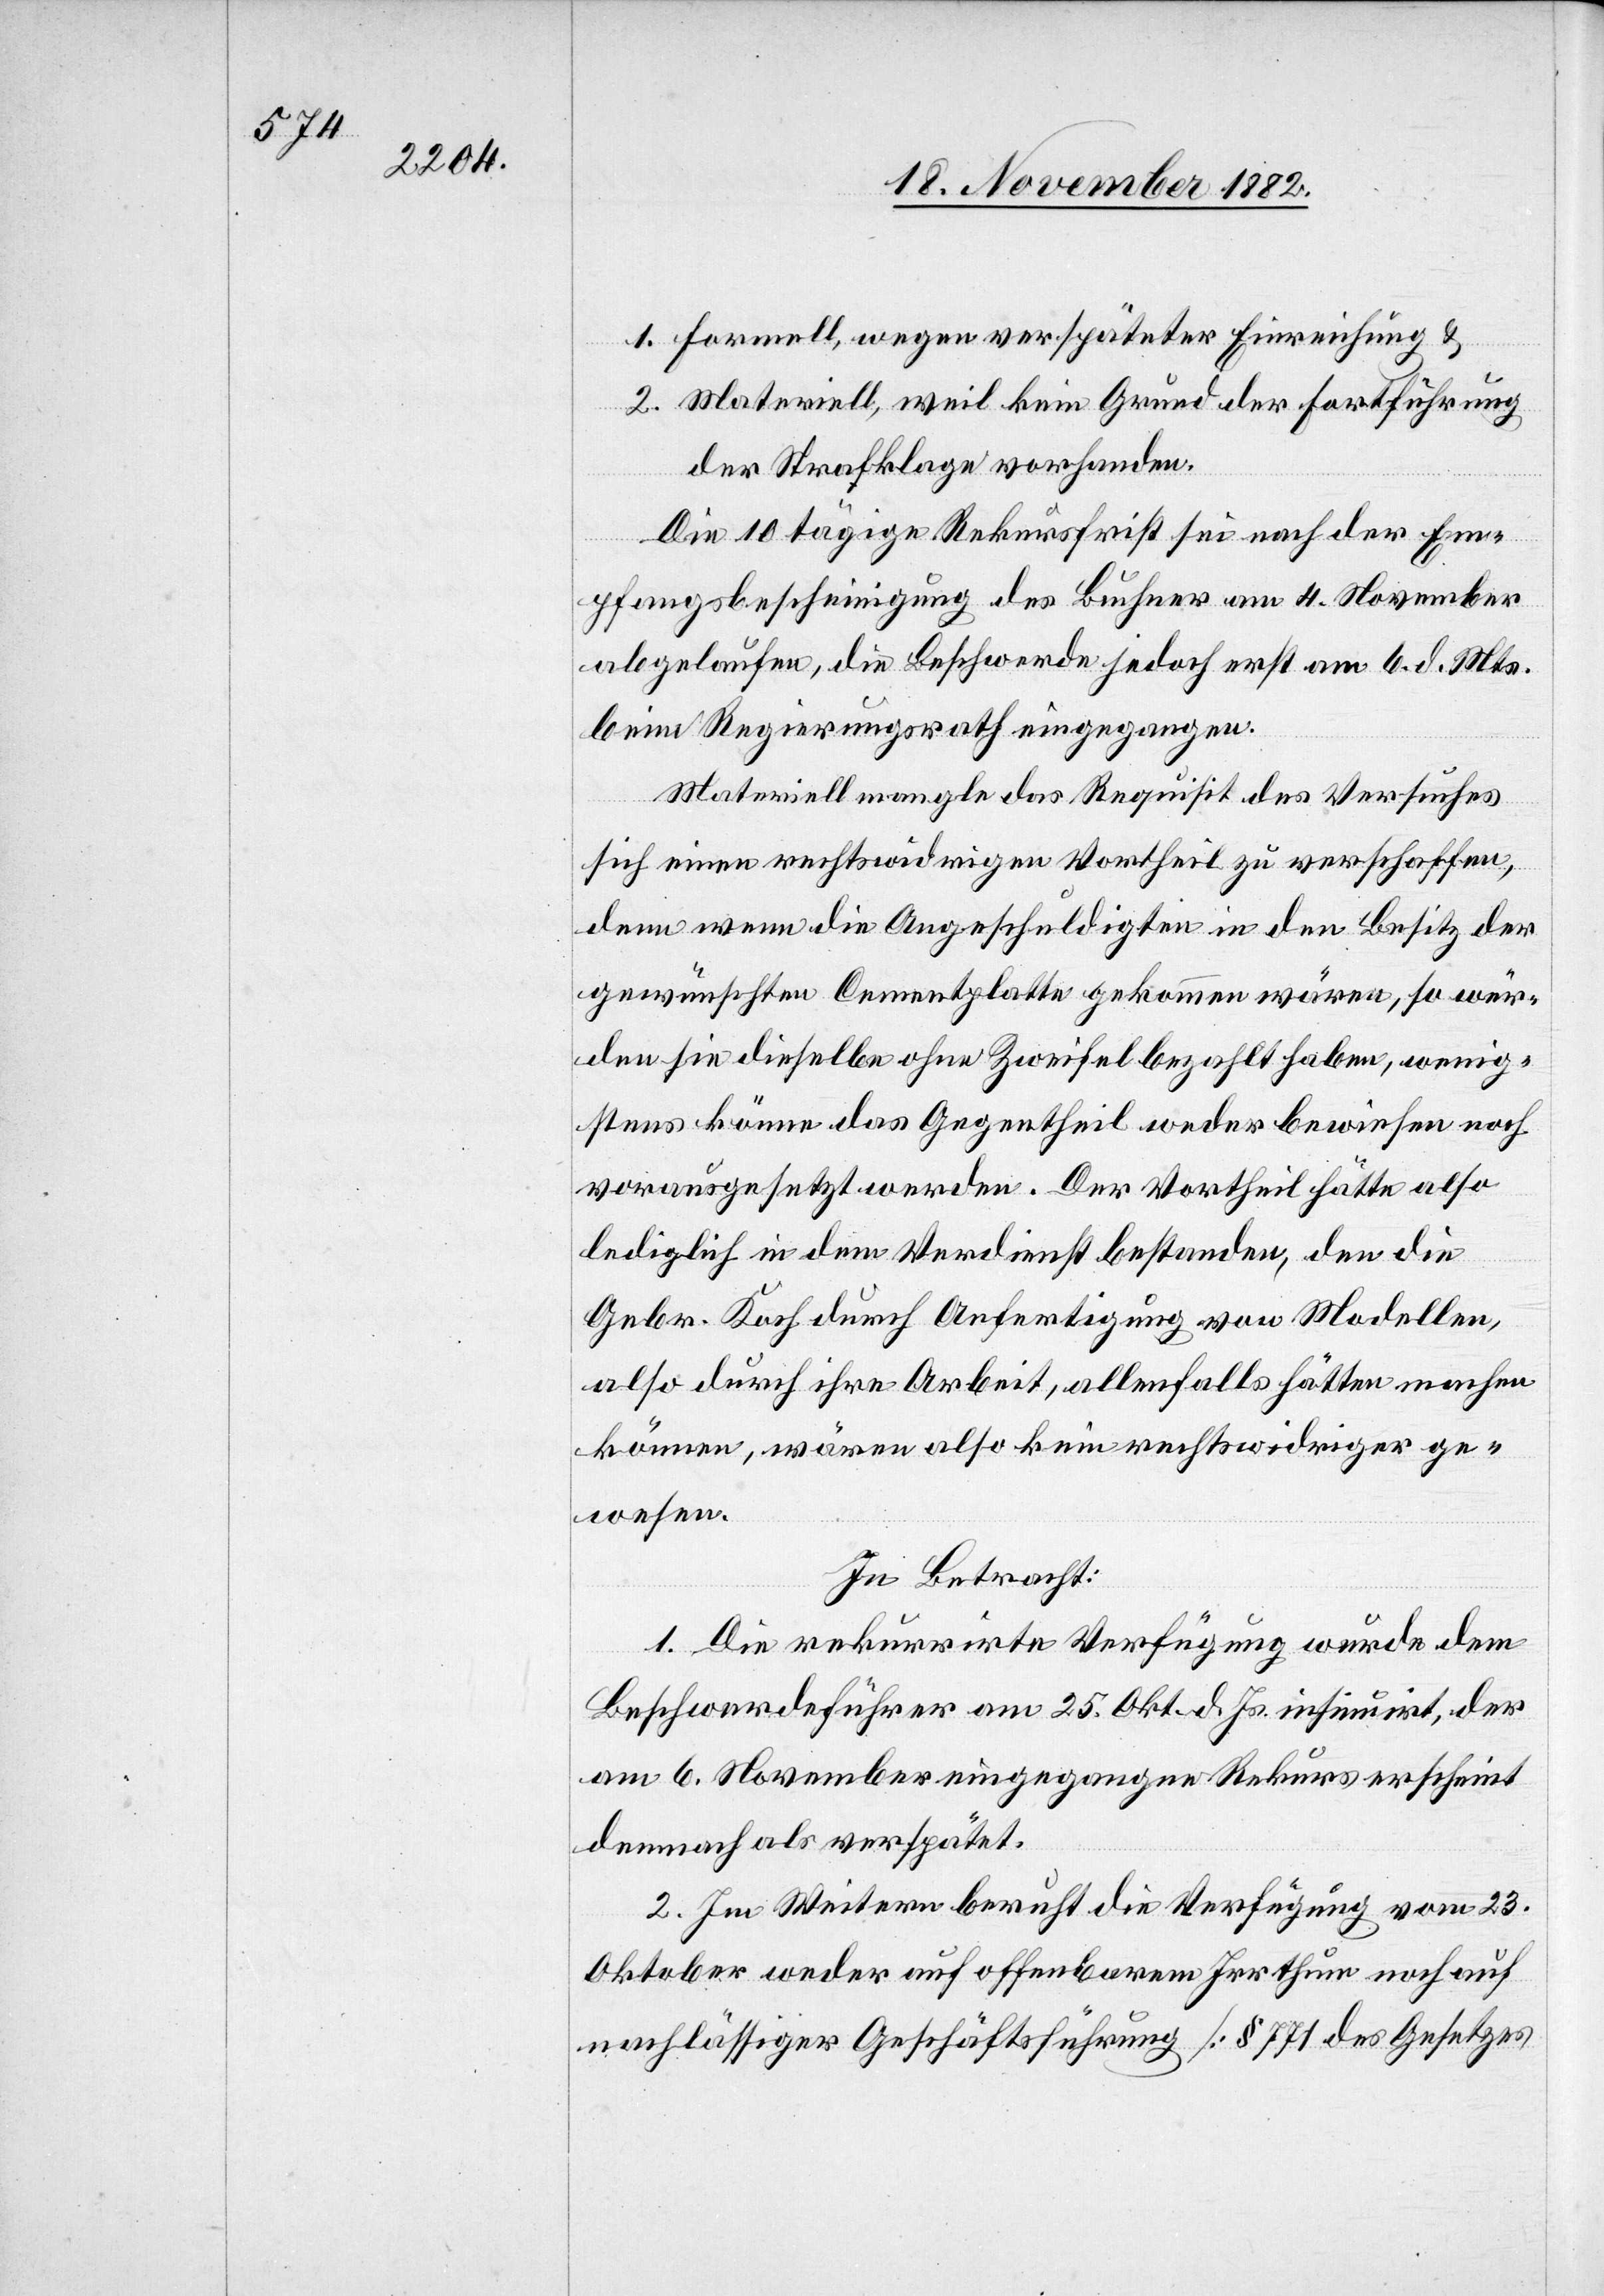
1. Formell, wegen verspäteter Einreichung &
2. Materiell, weil kein Grund der Fortführung
der Strafklage vorhanden.
Die 10tägige Rekursfrist sei nach der Em¬
pfangsbescheinigung des Buchner am 4. November
abgelaufen, die Beschwerde jedoch erst am 6. d. Mts.
beim Regierungsrath eingegangen.
Materiell mangle das Requisit des Versuches
sich einen rechtswidrigen Vortheil zu verschaffen,
denn wenn die Angeschuldigten in den Besitz der
gewünschten Cementplatte gekommen wären, so wür¬
den sie dieselbe ohne Zweifel bezahlt haben, wenig¬
stens könne das Gegentheil weder bewiesen noch
vorausgesetzt werden. Der Vortheil hätte also
lediglich in dem Verdienst bestanden, den die
Gebr. Koch durch Anfertigung von Modellen,
also durch ihre Arbeit, allenfalls hätten machen
können, wären also kein rechtswidriger ge¬
wesen.
In Betracht:
1. Die rekurrirte Verfügung wurde dem
Beschwerdeführer am 25. Okt. d. Js. insinuirt, der
am 6. November eingegangene Rekurs erscheint
demnach als verspätet.
2. Im Weitern beruht die Verfügung vom 23.
Oktober weder auf offenbarem Irrthum noch auf
nachläßiger Geschäftsführung [§ 771 des Gesetzes